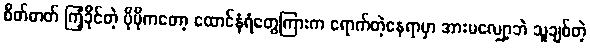
စိတ်ဓာတ် ကြံ့ခိုင်တဲ့ ပိုပိုကတော့ ထောင်နံရံတွေကြားက ရောက်တဲ့နေရာမှာ အားမလျှော့ဘဲ သူချစ်တဲ့